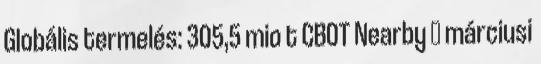
Globális termelés: 305,5 mio t CBOT Nearby  márciusi